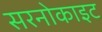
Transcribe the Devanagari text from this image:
सरनोकाइट